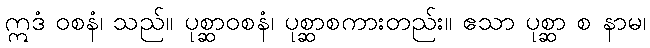
ဣဒံ ဝစနံ၊ သည်။ ပုစ္ဆာဝစနံ၊ ပုစ္ဆာစကားတည်း။ ဧသာ ပုစ္ဆာ စ နာမ၊